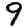
Digit: 9